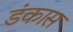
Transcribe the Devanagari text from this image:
डंकास